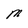
Character: M